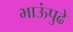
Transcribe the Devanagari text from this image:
भाऊंपुढे